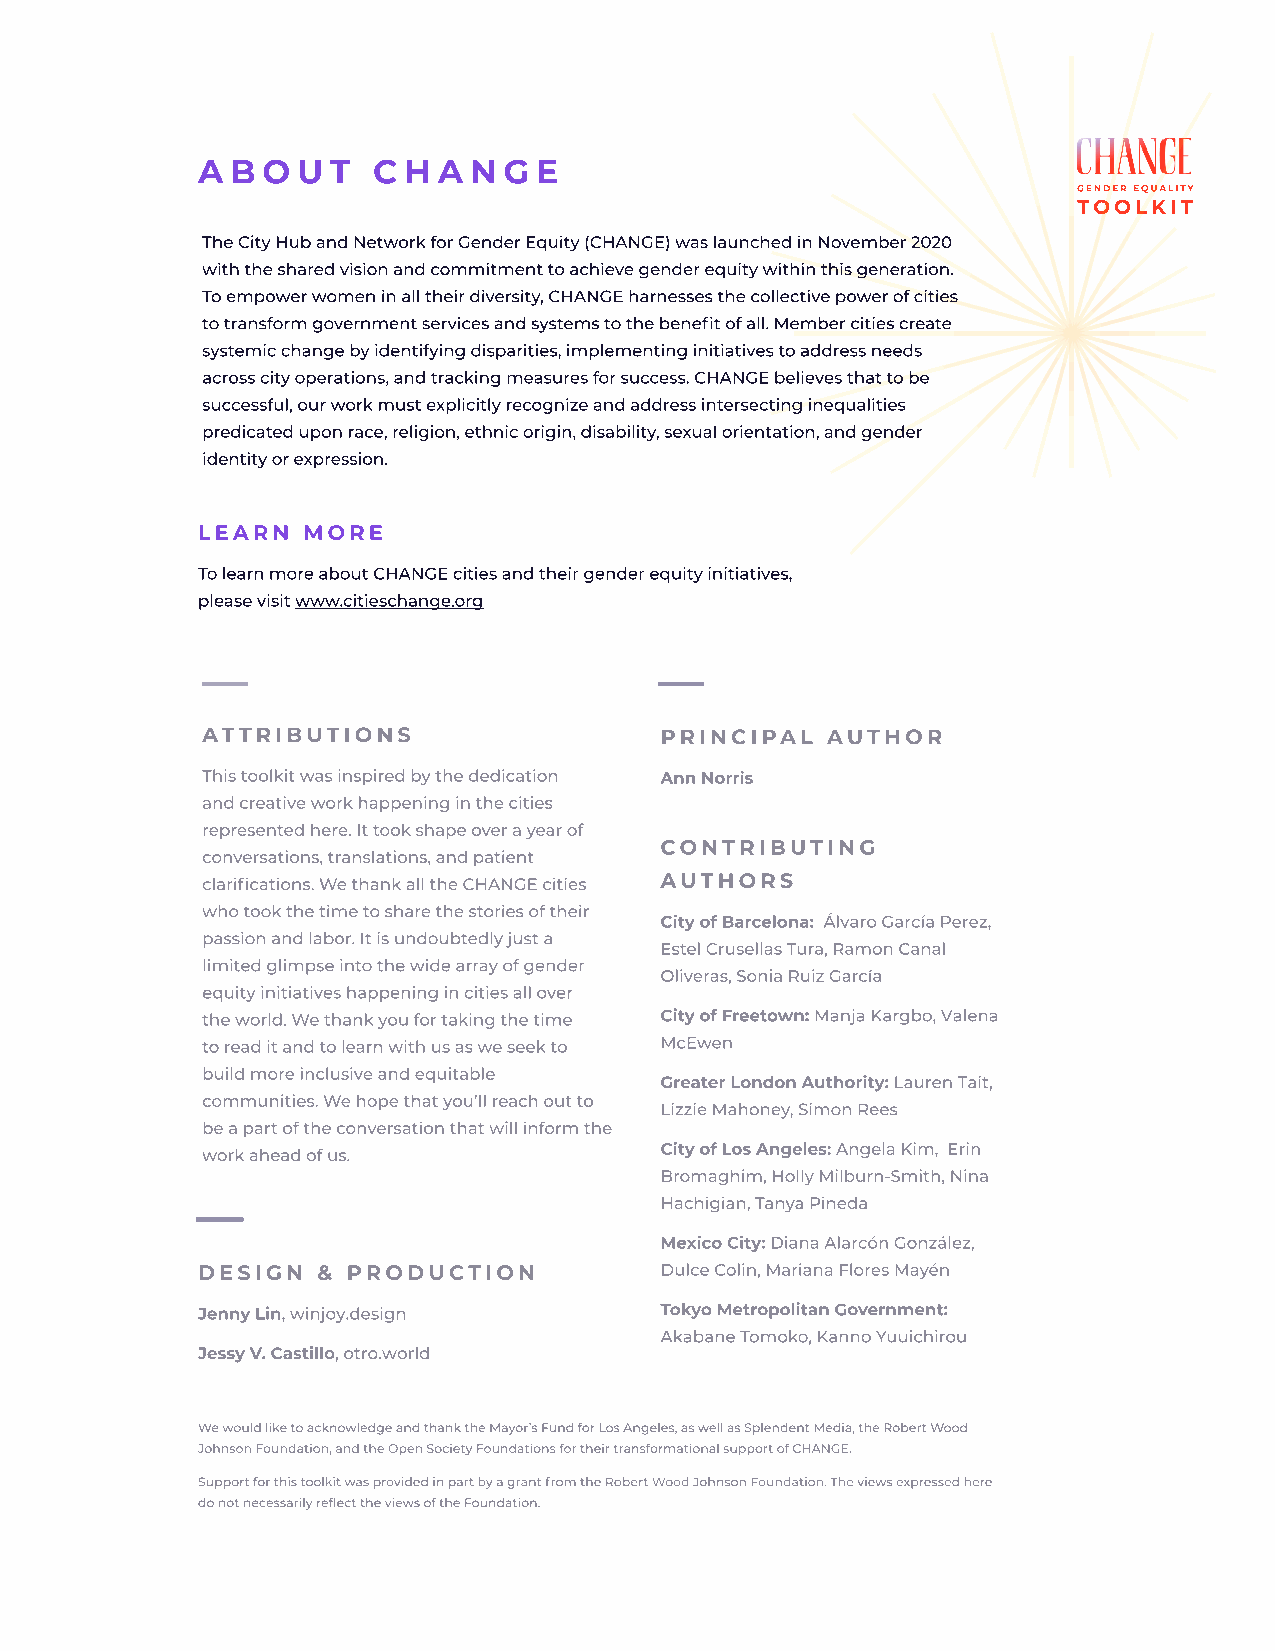
A B O  U T  C H A N G E
 GENDER EQUALITY
 TOOLKIT
 The City Hub and Network for Gender Equity (CHANGE) was launched in November 2020
 with the shared vision and commitment to achieve gender equity within this generation.
 To empower women in all their diversity, CHANGE harnesses the collective power of cities
 to transform government services and systems to the benefit of all. Member cities create
 systemic change by identifying disparities, implementing initiatives to address needs
 across city operations, and tracking measures for success. CHANGE believes that to be
 successful, our work must explicitly recognize and address intersecting inequalities
 predicated upon race, religion, ethnic origin, disability, sexual orientation, and gender
 identity or expression.
 LEARN  MORE
 To learn more about CHANGE cities and their gender equity initiatives,
 please visit www.citieschange.org